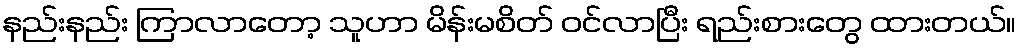
နည်းနည်း ကြာလာတော့ သူဟာ မိန်းမစိတ် ဝင်လာပြီး ရည်းစားတွေ ထားတယ်။